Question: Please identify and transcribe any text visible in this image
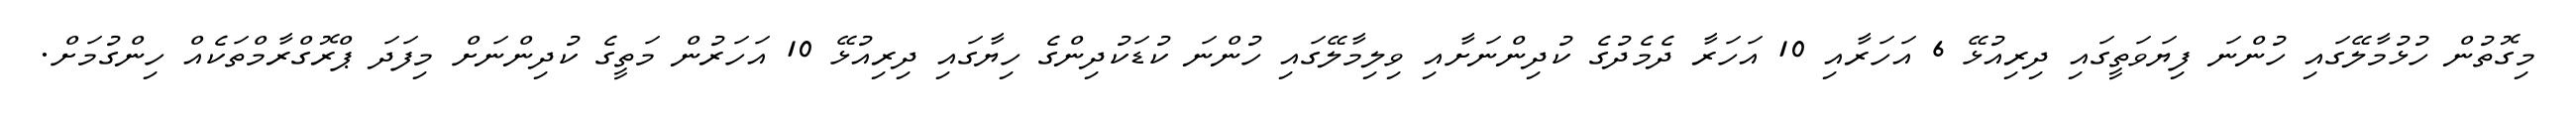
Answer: މިގޮތުން ހުޅުމާލޭގައި ހުންނަ ފިޔަވަތީގައި ދިރިއުޅޭ 6 އަހަރާއި 10 އަހަރާ ދެމެދުގެ ކުދިންނަށާއި ވިލިމާލޭގައި ހުންނަ ކުޑަކުދިންގެ ހިޔާގައި ދިރިއުޅޭ 10 އަހަރުން މަތީގެ ކުދިންނަށް މިފަދަ ޕްރޮގްރާމްތަކެއް ހިންގުމަށް.